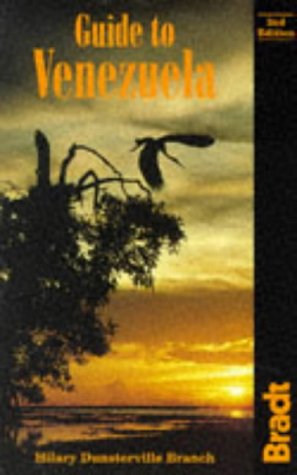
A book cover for Guide to Venezuela (Bradt Guides); Hilary Dunsterville Branch; Travel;